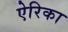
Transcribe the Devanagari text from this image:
ऐरिका